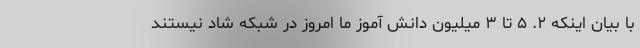
با بیان اینکه ۲. ۵ تا ۳ میلیون دانش آموز ما امروز در شبکه شاد نیستند